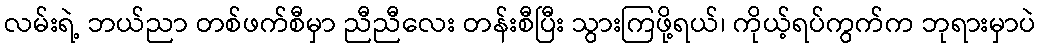
လမ်းရဲ့ ဘယ်ညာ တစ်ဖက်စီမှာ ညီညီလေး တန်းစီပြီး သွားကြဖို့ရယ်၊ ကိုယ့်ရပ်ကွက်က ဘုရားမှာပဲ